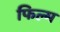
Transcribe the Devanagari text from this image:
फिल्म